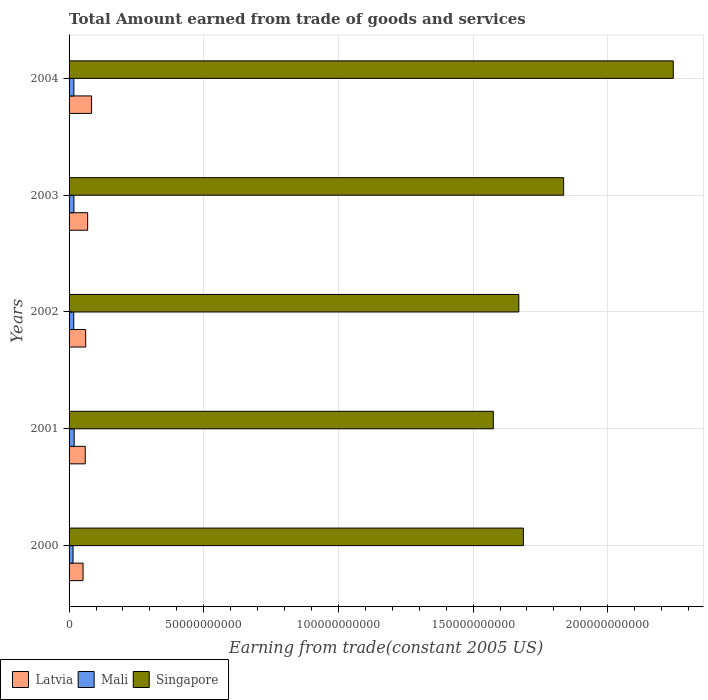
| Years | Latvia | Mali | Singapore |
 | --- | --- | --- | --- |
 | 2000 | 5.19e+09 | 1.48e+09 | 1.69e+11 |
 | 2001 | 6e+09 | 1.9e+09 | 1.58e+11 |
 | 2002 | 6.17e+09 | 1.74e+09 | 1.67e+11 |
 | 2003 | 6.9e+09 | 1.8e+09 | 1.84e+11 |
 | 2004 | 8.35e+09 | 1.78e+09 | 2.24e+11 |